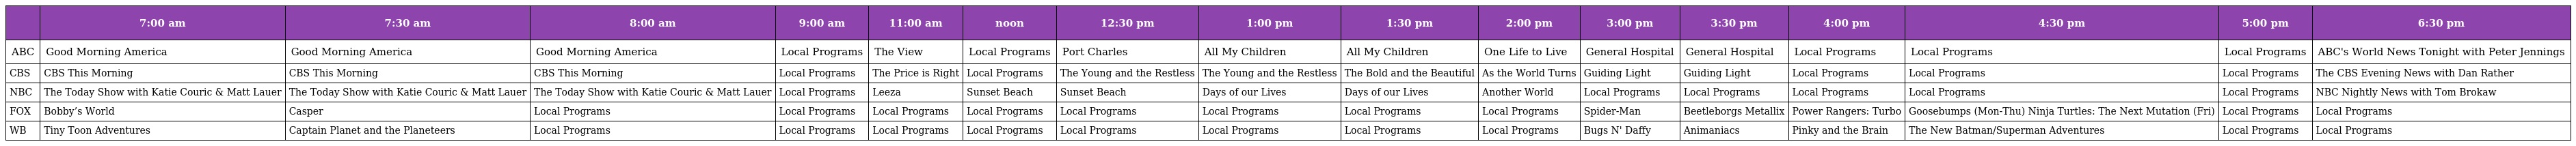
|  | 7:00 am | 7:30 am | 8:00 am | 9:00 am | 11:00 am | noon | 12:30 pm | 1:00 pm | 1:30 pm | 2:00 pm | 3:00 pm | 3:30 pm | 4:00 pm | 4:30 pm | 5:00 pm | 6:30 pm |
 | --- | --- | --- | --- | --- | --- | --- | --- | --- | --- | --- | --- | --- | --- | --- | --- | --- |
 | ABC | Good Morning America | Good Morning America | Good Morning America | Local Programs | The View | Local Programs | Port Charles | All My Children | All My Children | One Life to Live | General Hospital | General Hospital | Local Programs | Local Programs | Local Programs | ABC's World News Tonight with Peter Jennings |
 | CBS | CBS This Morning | CBS This Morning | CBS This Morning | Local Programs | The Price is Right | Local Programs | The Young and the Restless | The Young and the Restless | The Bold and the Beautiful | As the World Turns | Guiding Light | Guiding Light | Local Programs | Local Programs | Local Programs | The CBS Evening News with Dan Rather |
 | NBC | The Today Show with Katie Couric & Matt Lauer | The Today Show with Katie Couric & Matt Lauer | The Today Show with Katie Couric & Matt Lauer | Local Programs | Leeza | Sunset Beach | Sunset Beach | Days of our Lives | Days of our Lives | Another World | Local Programs | Local Programs | Local Programs | Local Programs | Local Programs | NBC Nightly News with Tom Brokaw |
 | FOX | Bobby’s World | Casper | Local Programs | Local Programs | Local Programs | Local Programs | Local Programs | Local Programs | Local Programs | Local Programs | Spider-Man | Beetleborgs Metallix | Power Rangers: Turbo | Goosebumps (Mon-Thu) Ninja Turtles: The Next Mutation (Fri) | Local Programs | Local Programs |
 | WB | Tiny Toon Adventures | Captain Planet and the Planeteers | Local Programs | Local Programs | Local Programs | Local Programs | Local Programs | Local Programs | Local Programs | Local Programs | Bugs N' Daffy | Animaniacs | Pinky and the Brain | The New Batman/Superman Adventures | Local Programs | Local Programs |